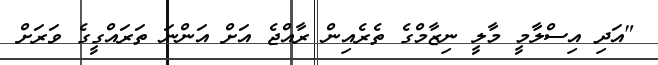
"އަދި އިސްލާމީ މާލީ ނިޒާމްގެ ތެރެއިން ރާއްޖެ އަށް އަންނަ ތަރައްގީގެ ވަރަށް